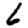
Digit: 6